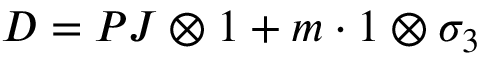
D = P J \otimes 1 + m \cdot 1 \otimes \sigma _ { 3 }